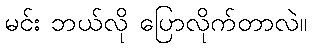
မင်း ဘယ်လို ပြောလိုက်တာလဲ။